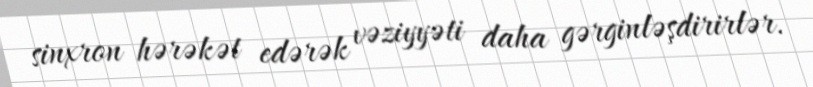
sinxron hərəkət edərək vəziyyəti daha gərginləşdirirlər.